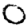
Digit: 0